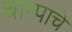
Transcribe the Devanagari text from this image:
चाम्पाचे